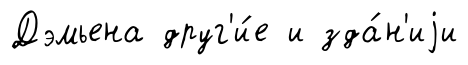
Дэмьена друг'и́е и зда́н'иjи